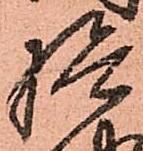
檢